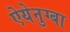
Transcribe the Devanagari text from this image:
ऐयेनुग्बा